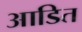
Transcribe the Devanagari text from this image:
आडित